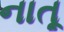
નાતૂ